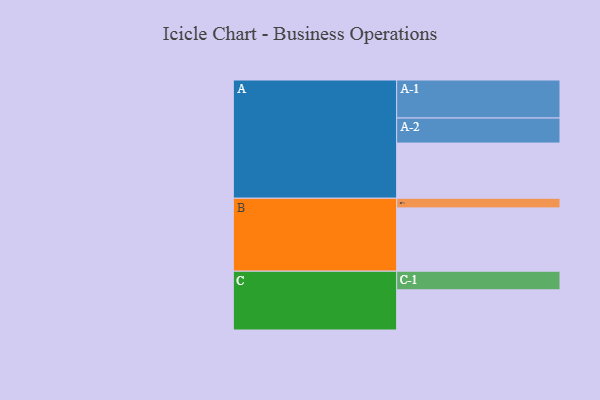
{"axis": {"x": "Segment", "y": "Value"}, "legend": ["", "A", "B", "C"], "data": [{"x": "A", "y": 412, "type": ""}, {"x": "B", "y": 473, "type": ""}, {"x": "C", "y": 300, "type": ""}, {"x": "A-1", "y": 284, "type": "A"}, {"x": "A-2", "y": 187, "type": "A"}, {"x": "B-1", "y": 72, "type": "B"}, {"x": "C-1", "y": 139, "type": "C"}]}